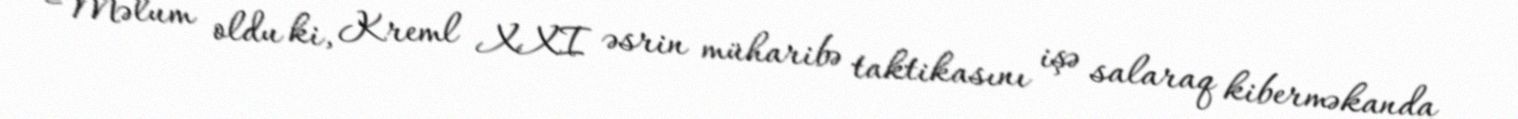
Məlum oldu ki, Kreml XXI əsrin müharibə taktikasını işə salaraq kiberməkanda